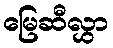
မြေဆီလွှာ